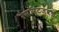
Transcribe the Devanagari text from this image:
रेसॉर्टजवळ